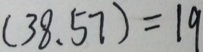
( 3 8 , 5 7 ) = 1 9